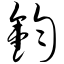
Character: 钧